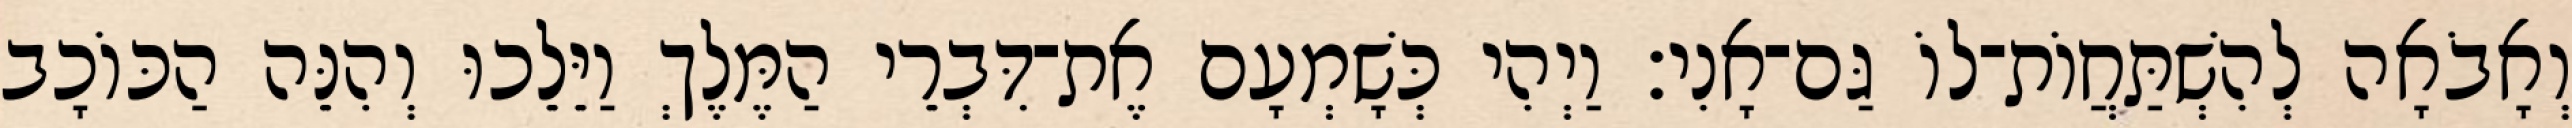
וְאָבֹאָה לְהִשְׁתַּחֲוֹת־לוֹ גַּם־אָנִי׃ וַיְהִי כְּשָׁמְעָם אֶת־דִּבְרֵי הַמֶּלֶךְ וַיֵּלֵכוּ וְהִנֵּה הַכּוֹכָב